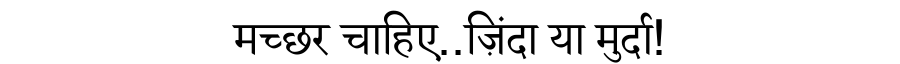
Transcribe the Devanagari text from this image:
मच्छर चाहिए..ज़िंदा या मुर्दा!